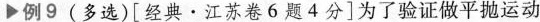
▶例9(多选)[经典 · 江苏卷6题4分]为了验证做平抛运动